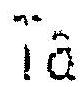
TA